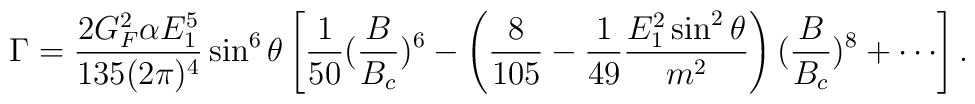
\Gamma={2G_F^2\alpha E_1^5\over 135(2\pi)^4}\sin^6\theta\left[{1\over 50}({B\over B_c})^6-\left({8\over 105}-{1\over 49}{E_1^2\sin^2\theta\over m^2}\right)({B\over B_c})^8+\cdots \right] .